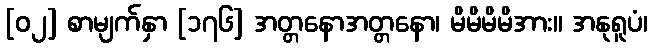
[၀၂] စာမျက်နှာ [၁၇၆] အတ္တနောအတ္တနော၊ မိမိမိမိအား။ အနုရူပံ၊